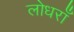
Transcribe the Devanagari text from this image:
लोधराँ